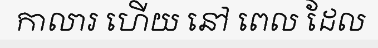
កាលារ ហើយ នៅ ពេល ដែល